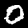
Label: 0